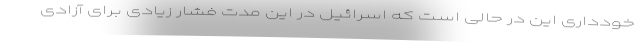
خودداری این در حالی است که اسرائیل در این مدت فشار زیادی برای آزادی